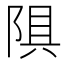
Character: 𫕄